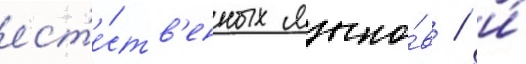
ест'е́ств'енных языко́в / и́